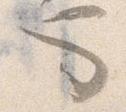
也